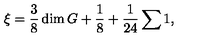
\xi = \frac { 3 } { 8 } \dim G + \frac { 1 } { 8 } + \frac { 1 } { 2 4 } \sum 1 ,